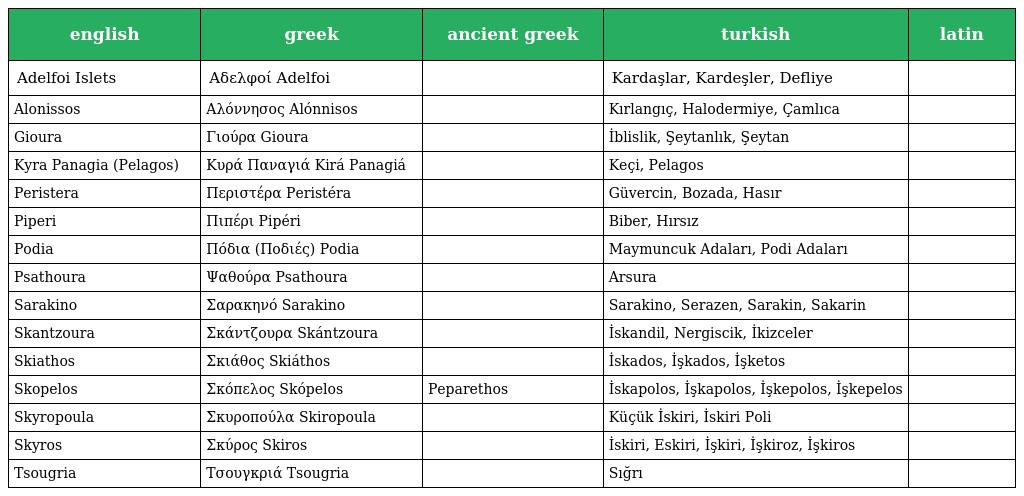
| english | greek | ancient greek | turkish | latin |
 | --- | --- | --- | --- | --- |
 | Adelfoi Islets | Αδελφοί Adelfoi |  | Kardaşlar, Kardeşler, Defliye |  |
 | Alonissos | Αλόννησος Alónnisos |  | Kırlangıç, Halodermiye, Çamlıca |  |
 | Gioura | Γιούρα Gioura |  | İblislik, Şeytanlık, Şeytan |  |
 | Kyra Panagia (Pelagos) | Κυρά Παναγιά Kirá Panagiá |  | Keçi, Pelagos |  |
 | Peristera | Περιστέρα Peristéra |  | Güvercin, Bozada, Hasır |  |
 | Piperi | Πιπέρι Pipéri |  | Biber, Hırsız |  |
 | Podia | Πόδια (Ποδιές) Podia |  | Maymuncuk Adaları, Podi Adaları |  |
 | Psathoura | Ψαθούρα Psathoura |  | Arsura |  |
 | Sarakino | Σαρακηνό Sarakino |  | Sarakino, Serazen, Sarakin, Sakarin |  |
 | Skantzoura | Σκάντζουρα Skántzoura |  | İskandil, Nergiscik, İkizceler |  |
 | Skiathos | Σκιάθος Skiáthos |  | İskados, İşkados, İşketos |  |
 | Skopelos | Σκόπελος Skópelos | Peparethos | İskapolos, İşkapolos, İşkepolos, İşkepelos |  |
 | Skyropoula | Σκυροπούλα Skiropoula |  | Küçük İskiri, İskiri Poli |  |
 | Skyros | Σκύρος Skiros |  | İskiri, Eskiri, İşkiri, İşkiroz, İşkiros |  |
 | Tsougria | Τσουγκριά Tsougria |  | Sığrı |  |